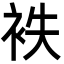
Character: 袟